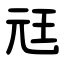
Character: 㒬